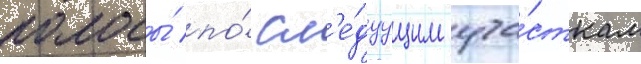
полосы́ по́ сл'е́дуущим уча́сткам